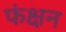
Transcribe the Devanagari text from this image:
फंक्षन